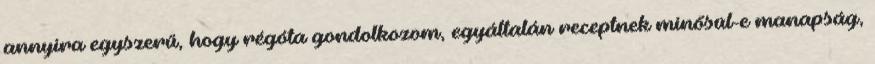
annyira egyszerű, hogy régóta gondolkozom, egyáltalán receptnek minősül-e manapság,